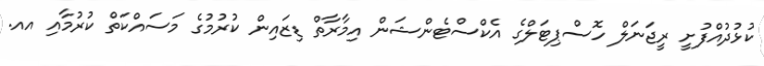
ކުޅުދުއްފުށީ ރީޖަނަލް ހޮސްޕިޓަލްގެ އެކްސްޓެންޝަން އިމާރާތް ޑިޒައިން ކުރުމުގެ މަސައްކަތް ކުރުމާއި އއ.